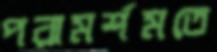
পরামর্শমতে